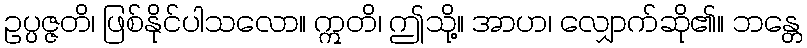
ဥပ္ပဇ္ဇတိ၊ ဖြစ်နိုင်ပါသလော။ ဣတိ၊ ဤသို့။ အာဟ၊ လျှောက်ဆို၏။ ဘန္တေ